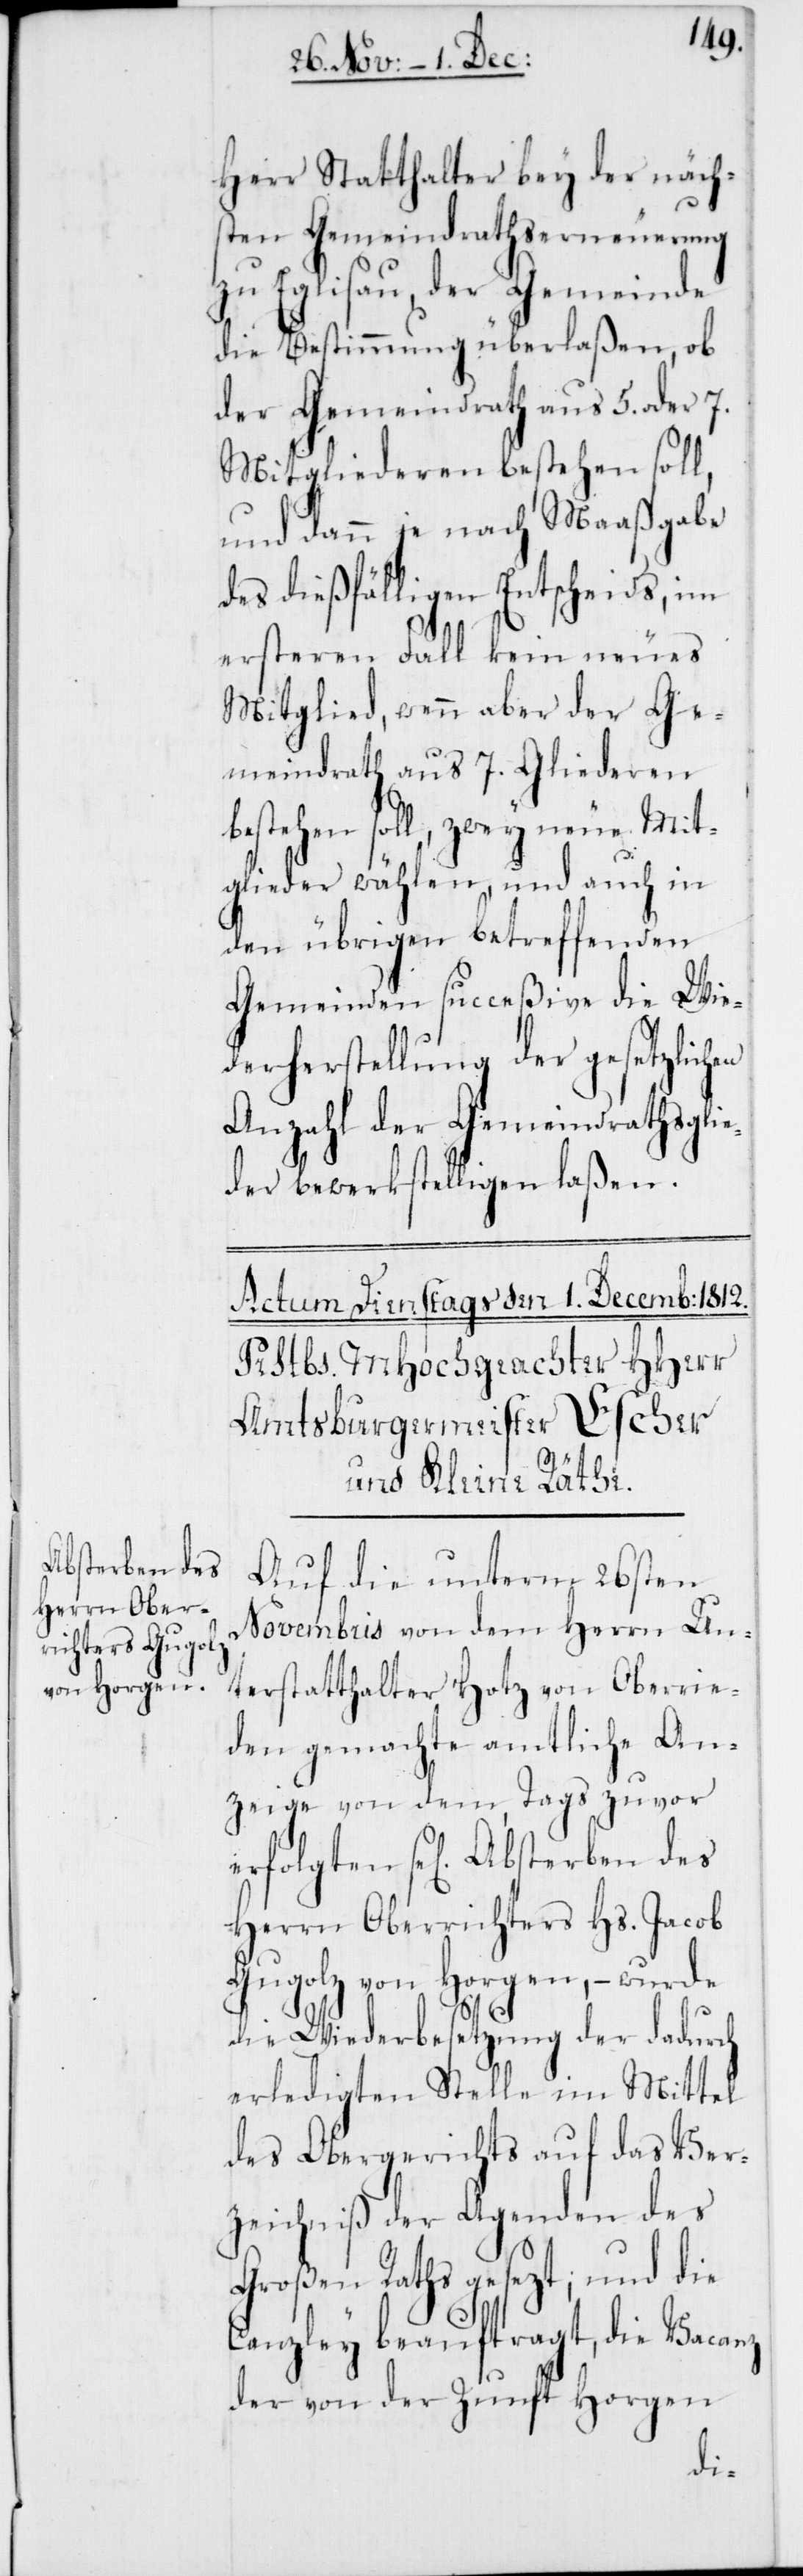
Absterben des

Herr Statthalter bey der näch¬
sten Gemeindrathsern¬
euerung
zu Eglisau, der Gemeinde
die Bestimmung überlaßen, ob
en
der Gemeindrath aus
Mitgliederen bestehen so¬
und dann je nach Maaßgabe
des dießfälligen Entscheids, im
ersteren Fall kein neues
Mitglied, wenn aber der Ge¬
meindrath aus 7. Gliederen
bestehen soll, zwey neue Mit¬
glieder wählen, und auch in
den übrigen betreffenden
Gemeinden succeßive die Wie¬
derherstellung der gesetzlich¬
Anzahl der Gemeindrathsglie¬
der bewerkstelligen laßen.
Auf die unterm 26sten
Novembris von dem Herrn Un¬
terstatthalter Hotz von Oberrie¬
den gemachte amtliche An¬
zeige von dem, Tags zuvor
Herrn Oberrichters Hs. Jacob
Gugolz von Horgen, – wurde
die Wiederbesetzung der dadurch
erledigten Stelle im Mittel
des Obergerichts auf das Ver¬
zeichniß der Agenden des
Großen Raths gesezt; und die
Canzley beauftragt, die Vacanz
der von der Zunft Horgen